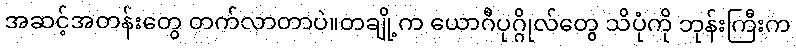
အဆင့်အတန်းတွေ တက်လာတာပဲ။တချို့က ယောဂီပုဂ္ဂိုလ်တွေ သိပုံကို ဘုန်းကြီးက